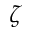
\zeta